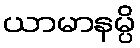
ယာမာနမ္ပိ